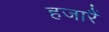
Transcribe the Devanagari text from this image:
हजारैं